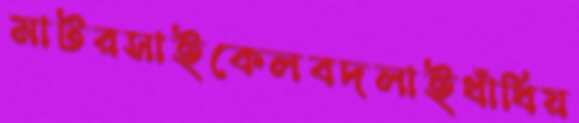
মাটরসাইকেলবদলাইধাঁধিয়